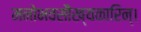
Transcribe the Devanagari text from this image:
मनोभवसौख्यकारिन्।